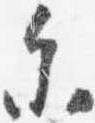
参